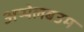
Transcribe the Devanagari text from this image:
अप्पेलबउम